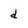
Character: d